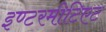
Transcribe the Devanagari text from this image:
इण्टरमीटिएट